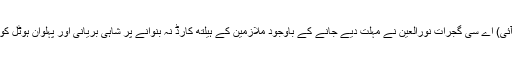
گجرات (جی پی آئی) اے سی گجرات نورالعین نے مہلت دیے جانے کے باوجود ملازمین کے ہیلتھ کارڈ نہ بنوانے پر شاہی بریانی اور پہلوان ہوٹل کو سیل کر دیا ہے۔